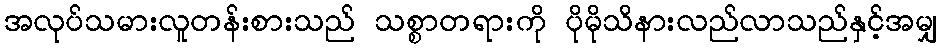
အလုပ်သမားလူတန်းစားသည် သစ္စာတရားကို ပိုမိုသိနားလည်လာသည်နှင့်အမျှ